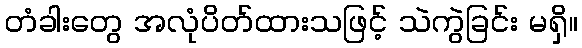
တံခါးတွေ အလုံပိတ်ထားသဖြင့် သဲကွဲခြင်း မရှိ။